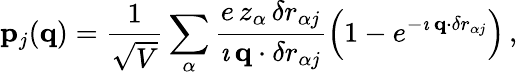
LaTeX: {\mathbf p}_{j}({\mathbf q})=\frac{1}{\sqrt{V}}\sum_{\alpha}\frac{e\, z_{\alpha}\, {\mathbf\delta r}_{\alpha j}}{\imath\, {\mathbf q}\cdot{\mathbf\delta r}_{\alpha j}}\left(1-e^{-\imath\, {\mathbf q}\cdot{\mathbf\delta r}_{\alpha j}}\right)\, ,